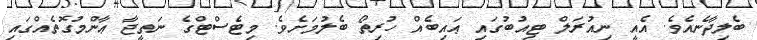
ބެލިދާނެއެވެ. އެއީ ނިއުރަލް ޓިއުބުގައި ޢައިބެއް ހުރިތޯ ބެލުމަށެވެ. މިޓެސްޓްގެ ނަތީޖާ ޢާންމުގޮތެއްގައި